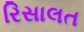
રિસાલત